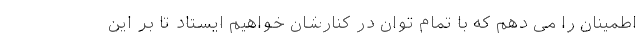
اطمینان را می دهم که با تمام توان در کنارشان خواهیم ایستاد تا بر این